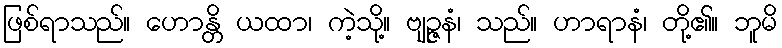
ဖြစ်ရာသည်။ ဟောန္တိ ယထာ၊ ကဲ့သို့။ ဗျဉ္ဇနံ၊ သည်။ ဟာရာနံ၊ တို့၏။ ဘူမိ